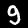
Label: 9